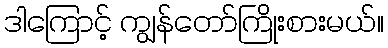
ဒါကြောင့် ကျွန်တော်ကြိုးစားမယ်။